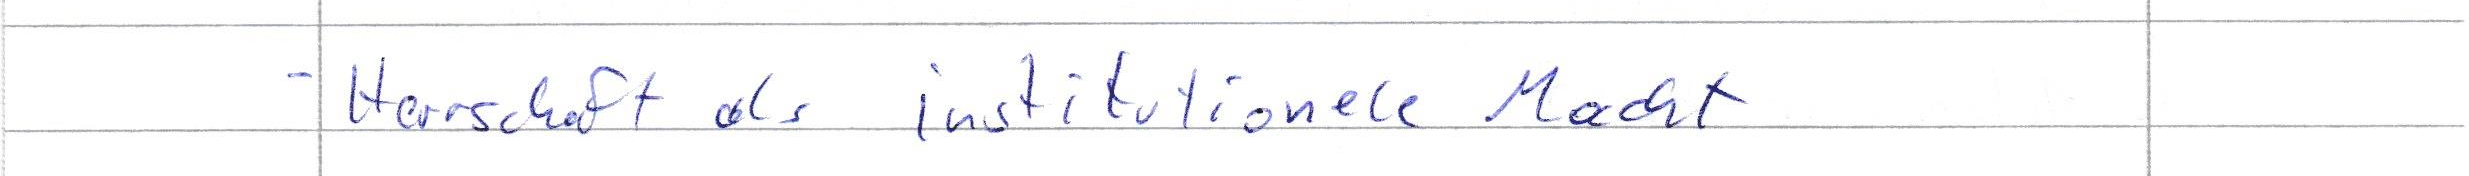
- Herrschaft als institutionelle Macht